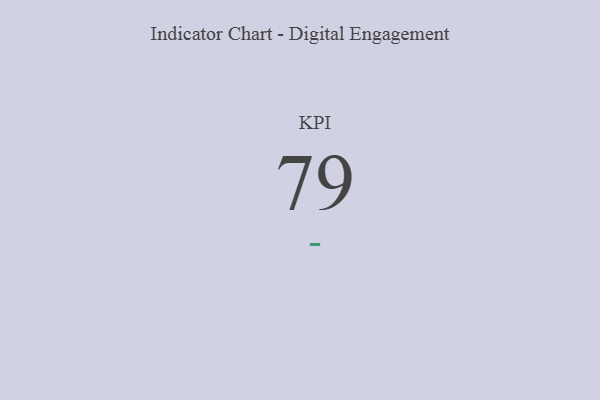
{"axis": {"x": "KPI", "y": "Value"}, "legend": [""], "data": [{"x": "KPI", "y": 79, "type": ""}]}